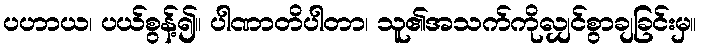
ပဟာယ၊ ပယ်စွန့်၍။ ပါဏာတိပါတာ၊ သူ၏အသက်ကိုလျှင်စွာချခြင်းမှ။